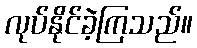
လုပ်နိုင်ခဲ့ကြသည်။